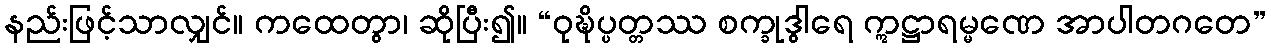
နည်းဖြင့်သာလျှင်။ ကထေတွာ၊ ဆိုပြီး၍။ “ဝုဍ္ဎိပ္ပတ္တဿ စက္ခုဒွါရေ ဣဋ္ဌာရမ္မဏေ အာပါတဂတေ”